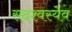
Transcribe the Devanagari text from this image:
सदश्वस्येव